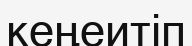
кеңеитіп